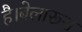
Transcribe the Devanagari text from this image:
है।बेलारूस